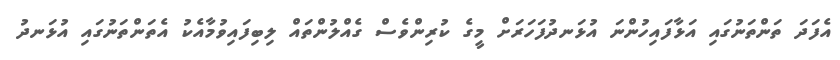
އެފަދަ ތަންތަނުގައި އަޅާފައިހުންނަ އުޅަނދުފަހަރަށް މީގެ ކުރިންވެސް ގެއްލުންތައް ލިބިފައިވުމާއެކު އެތަންތަނުގައި އުޅަނދު